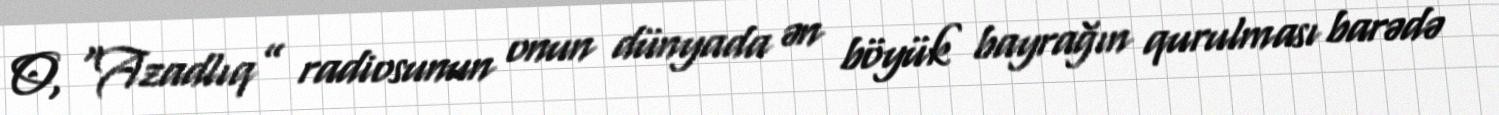
O, “Azadlıq” radiosunun onun dünyada ən böyük bayrağın qurulması barədə